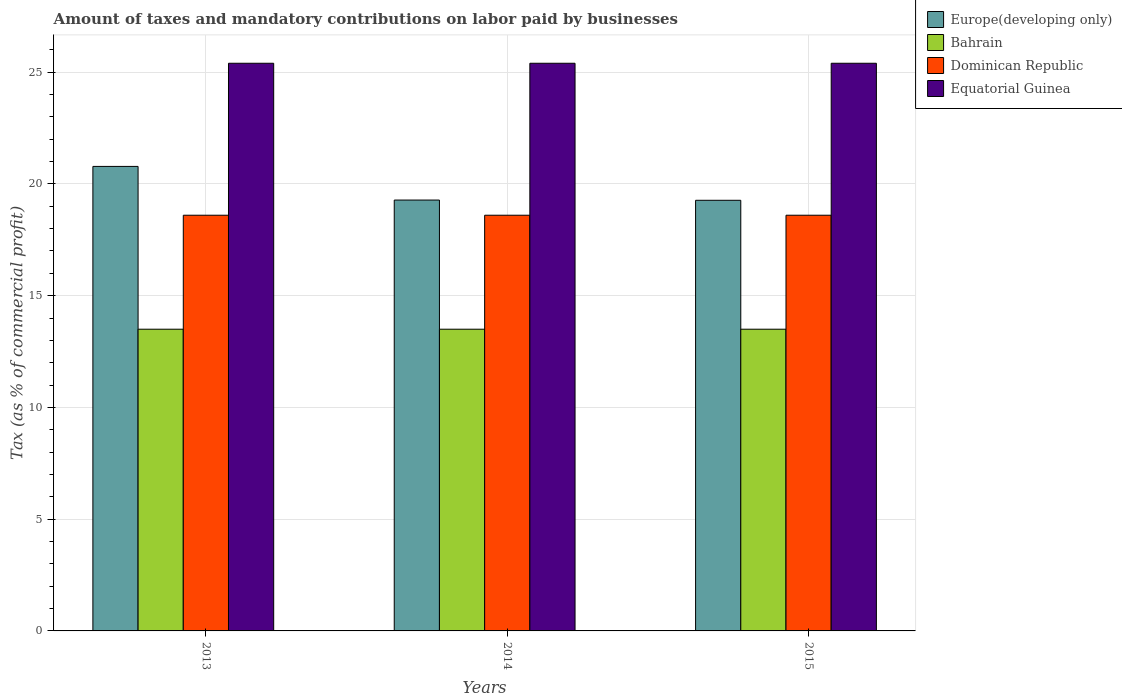
| Years | Europe(developing only) | Bahrain | Dominican Republic | Equatorial Guinea |
 | --- | --- | --- | --- | --- |
 | 2013 | 20.8 | 13.5 | 18.6 | 25.4 |
 | 2014 | 19.3 | 13.5 | 18.6 | 25.4 |
 | 2015 | 19.3 | 13.5 | 18.6 | 25.4 |